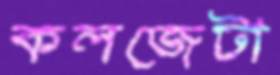
কলজেটা